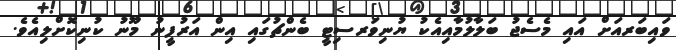
ވައިބަރއަށް އައި މެސެޖު ބަލާލުމާއިއެކު ޔުނިވަރސިޓީ ބެންޗުގައި އިން އަރުފީނު މޫނު ކުނިކޮށްލިއެވެ.